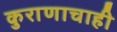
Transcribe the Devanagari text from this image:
कुराणाचाही